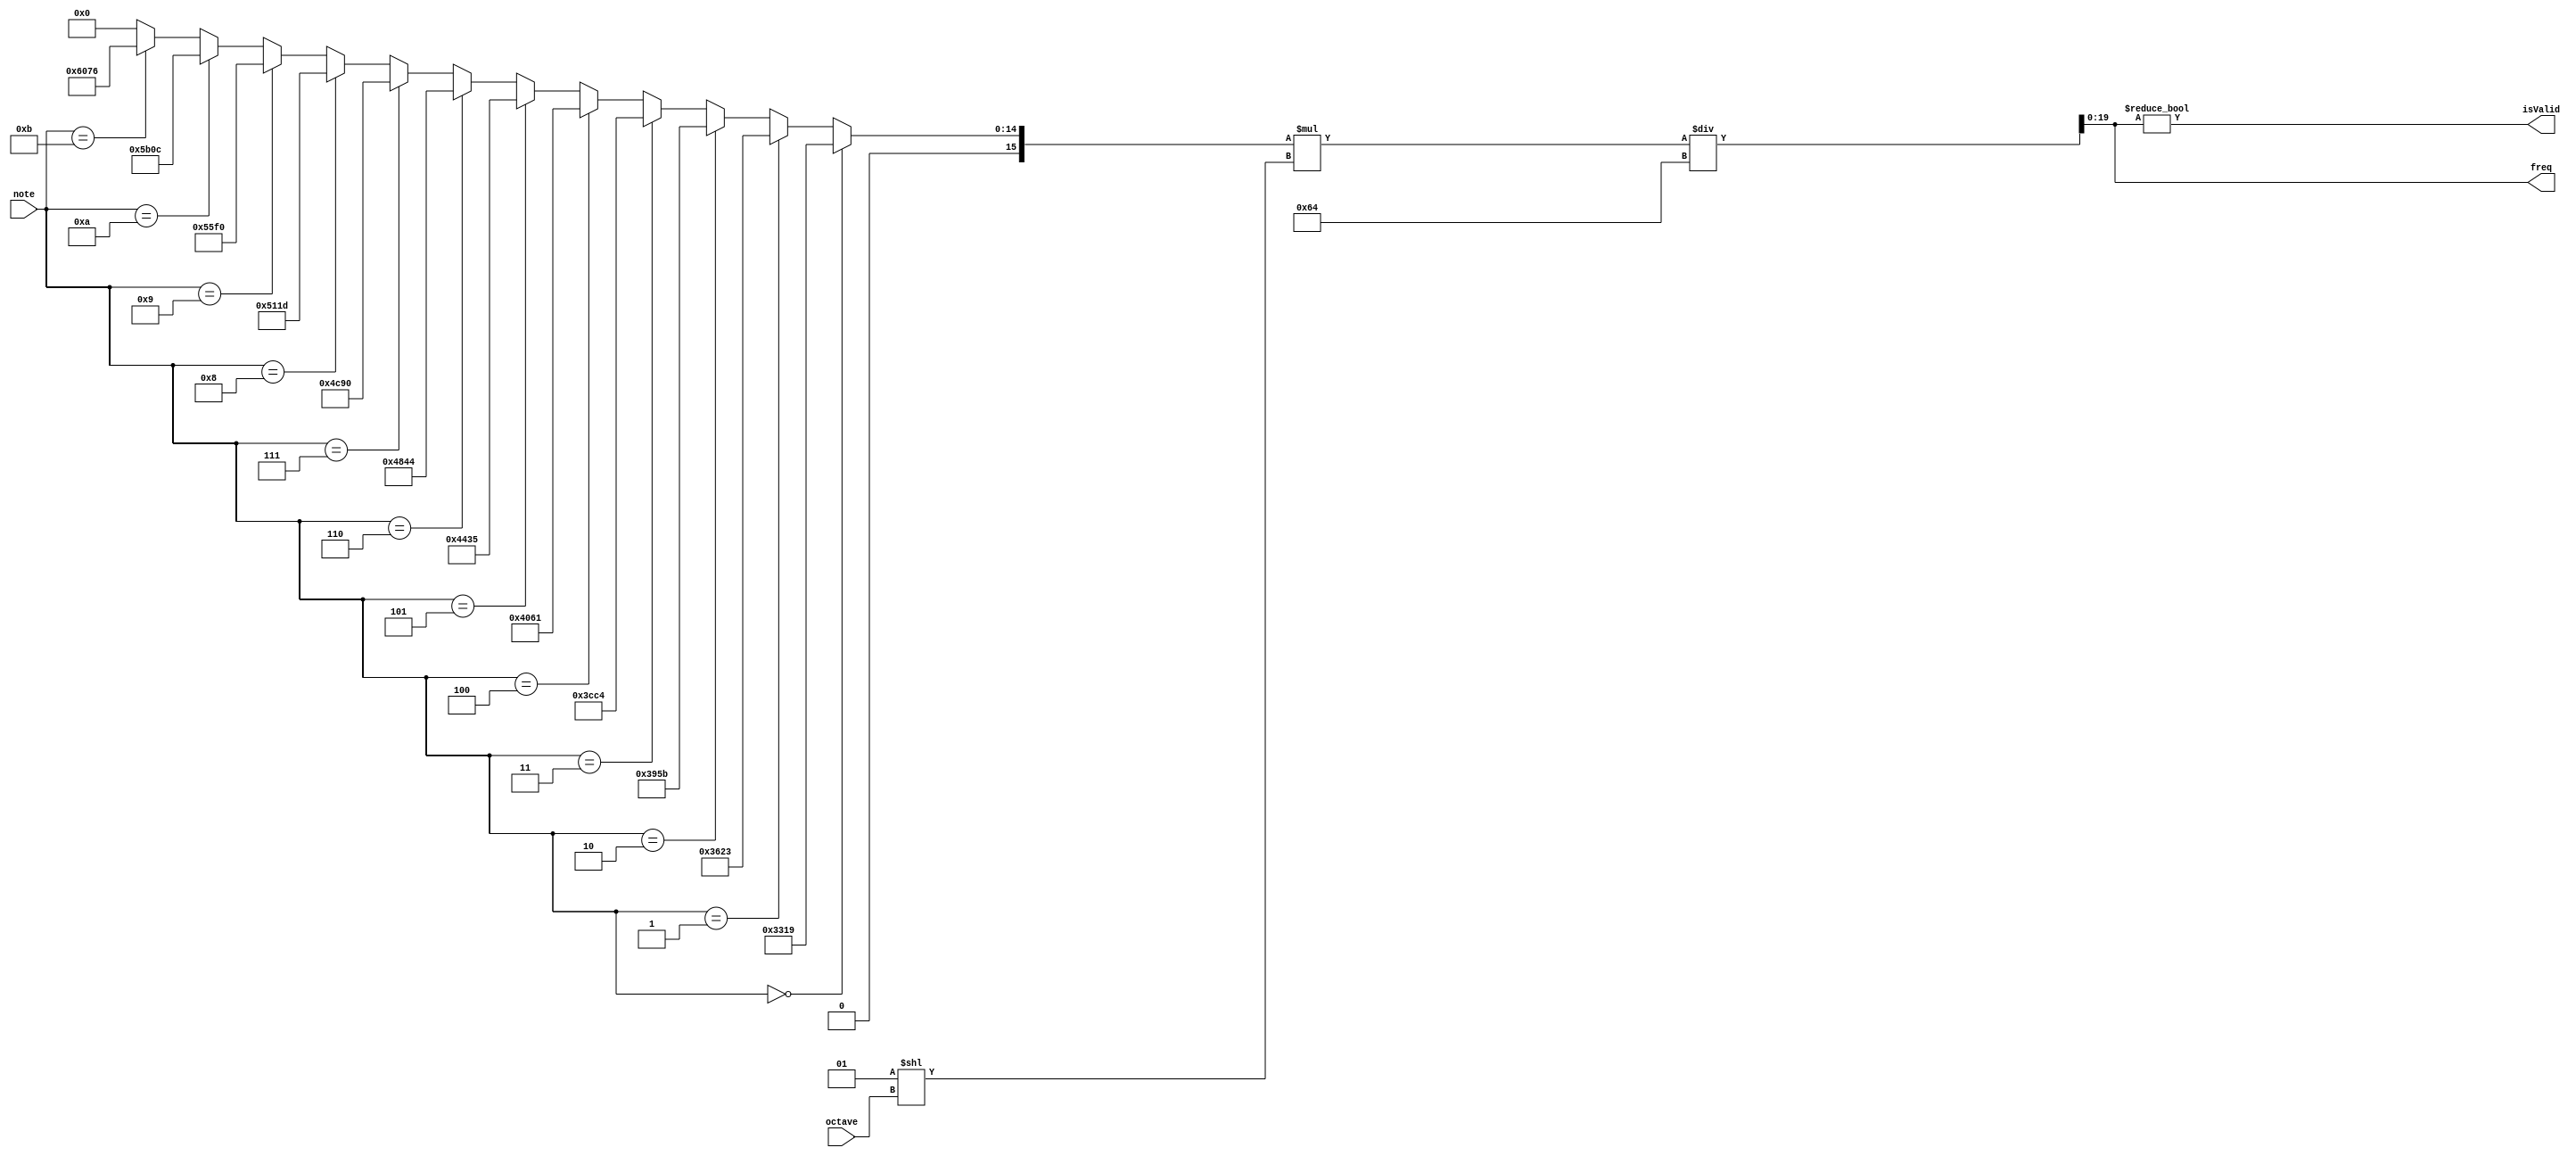


module freqCalc(
	input wire [3:0] note,
	input wire [1:0] octave,
	
	output wire [19:0] freq,
	output wire isValid);

   // frequency x100
   integer  c3 = 13081;
   integer cz3 = 13859;
   integer  d3 = 14683;
   integer dz3 = 15556;
   integer  e3 = 16481;
   integer  f3 = 17461;
   integer fz3 = 18500;
   integer  g3 = 19600;
   integer gz3 = 20765;
   integer  a3 = 22000;
   integer az3 = 23308;
   integer  b3 = 24694;

	assign freq = ((note == 0) ? c3 :
					   (note == 1) ? cz3 :
						(note == 2) ? d3 : 
						(note == 3) ? dz3 : 
						(note == 4) ? e3 : 
						(note == 5) ? f3 : 
						(note == 6) ? fz3 : 
						(note == 7) ? g3 : 
						(note == 8) ? gz3 : 
						(note == 9) ? a3 : 
						(note == 10) ? az3 : 
						(note == 11) ? b3 : 0) * (2 ** octave) / 100;
						
	assign isValid = freq != 0;
	
endmodule